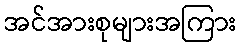
အင်အားစုများအကြား